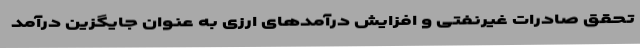
تحقق صادرات غیرنفتی و افزایش درآمدهای ارزی به عنوان جایگزین درآمد